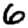
Digit: 6